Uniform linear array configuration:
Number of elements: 12
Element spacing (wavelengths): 1
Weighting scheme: uniform
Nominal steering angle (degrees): -15
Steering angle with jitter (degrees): -15.494
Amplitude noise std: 0.05
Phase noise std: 0.05

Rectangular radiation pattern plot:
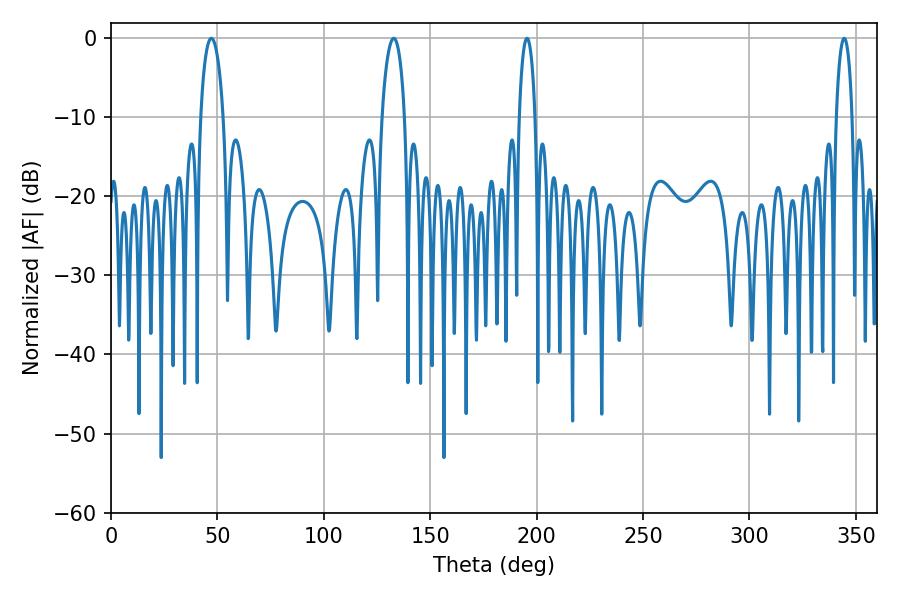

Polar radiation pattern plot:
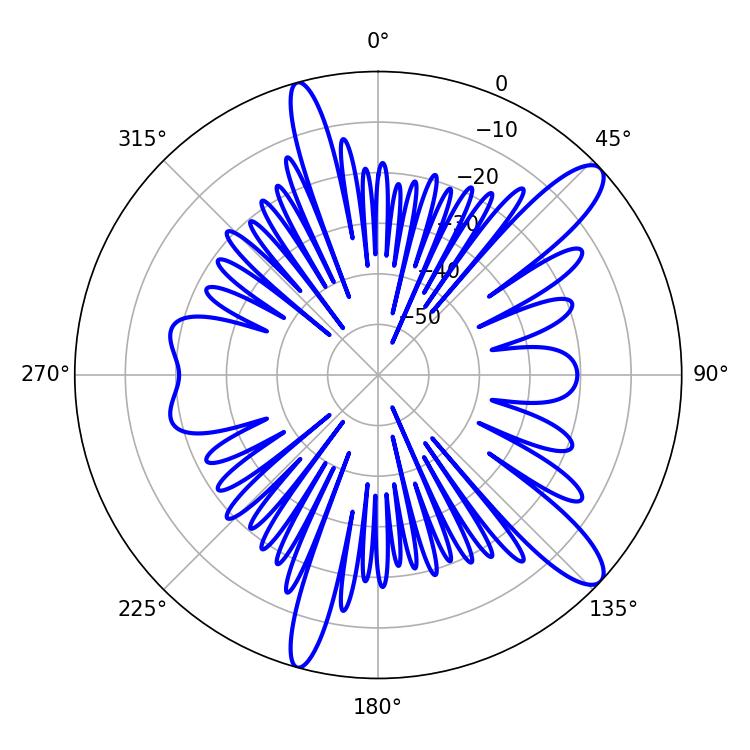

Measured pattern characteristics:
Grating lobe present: TRUE
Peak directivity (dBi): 12.075
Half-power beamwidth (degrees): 4.32
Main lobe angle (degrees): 195.48